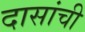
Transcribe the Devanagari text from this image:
दासांची